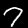
Digit: 7